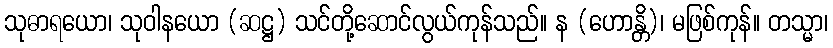
သုဓာရယော၊ သုဝါနယော (ဆဋ္ဌ) သင်တို့ဆောင်လွယ်ကုန်သည်။ န (ဟောန္တိ)၊ မဖြစ်ကုန်။ တသ္မာ၊